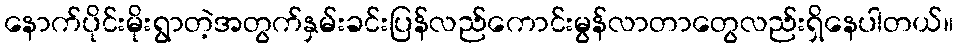
နောက်ပိုင်းမိုးရွာတဲ့အတွက်နှမ်းခင်းပြန်လည်ကောင်းမွန်လာတာတွေလည်းရှိနေပါတယ်။